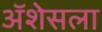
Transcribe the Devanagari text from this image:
ॲशेसला